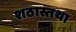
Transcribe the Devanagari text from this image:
शठास्तथा